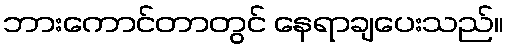
ဘားကောင်တာတွင် နေရာချပေးသည်။